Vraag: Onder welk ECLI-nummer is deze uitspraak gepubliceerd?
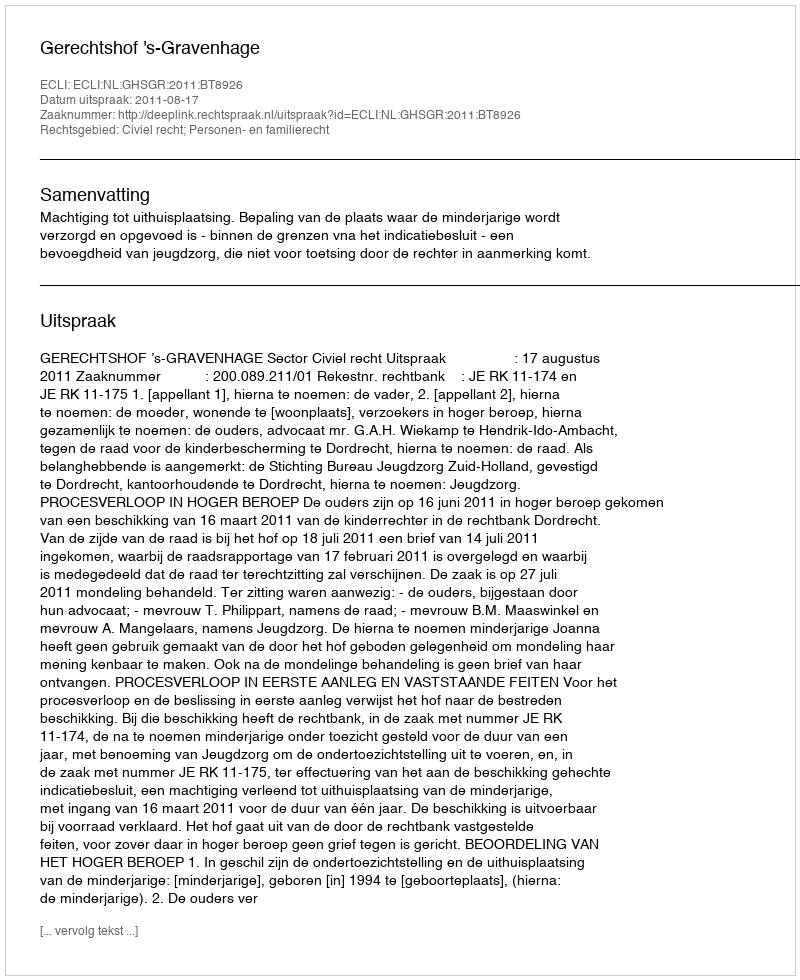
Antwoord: ECLI:NL:GHSGR:2011:BT8926